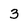
Character: 3